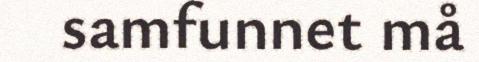
samfunnet må